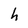
Character: h